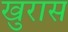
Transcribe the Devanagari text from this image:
खुरास